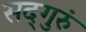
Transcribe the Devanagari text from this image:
सद्‌गुरुं